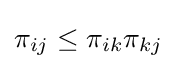
\pi _{ij}\leq \pi _{ik}\pi _{kj}